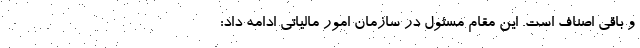
و باقی اصناف است. این مقام مسئول در سازمان امور مالیاتی ادامه داد: